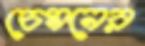
চেমনের